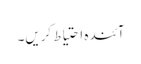
آئندہ احتیاط کریں۔